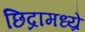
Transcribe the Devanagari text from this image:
छिद्रामध्य्रे